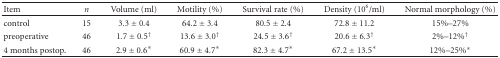
<table><thead><tr><td><b>Item</b></td><td><b><i>n</i></b></td><td><b>Volume (ml)</b></td><td><b>Motility (%)</b></td><td><b>Survival rate (%)</b></td><td><b>Density (10<sup>6</sup>/ml)</b></td><td><b>Normal morphology (%)</b></td></tr></thead><tbody><tr><td>control</td><td>15</td><td>3.3 ± 0.4</td><td>64.2 ± 3.4</td><td>80.5 ± 2.4</td><td>72.8 ± 11.2</td><td>15%–27%</td></tr><tr><td>preoperative</td><td>46</td><td>1.7 ± 0.5<sup>†</sup></td><td>13.6 ± 3.0<sup>†</sup></td><td>24.5 ± 3.6<sup>†</sup></td><td>20.6 ± 6.3<sup>†</sup></td><td>2%–12%<sup>†</sup></td></tr><tr><td>4 months postop.</td><td>46</td><td>2.9 ± 0.6*</td><td>60.9 ± 4.7*</td><td>82.3 ± 4.7*</td><td>67.2 ± 13.5*</td><td>12%–25%*</td></tr></tbody></table>